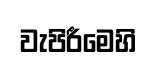
වැපිරීමෙහි